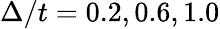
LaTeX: \Delta/t=0.2,0.6,1.0